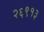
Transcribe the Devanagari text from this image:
२६९१३